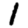
Digit: 1